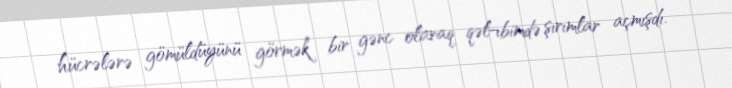
hücrələrə gömüldüyünü görmək bir gənc olaraq qəl¬bimdə şırımlar açmışdı.